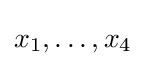
x_{1},\dots ,x_{4}